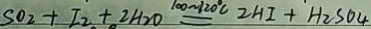
S O _ { 2 } + I _ { 2 } + 2 H _ { 2 } O = 1 0 0 ^ { \circ } \xlongequal { 1 0 0 \sim 1 2 0 ^ { \circ } C } 2 H I + H _ { 2 } S O _ { 4 }